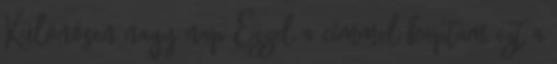
Különösen nagy nap Ezzel a címmel kaptam ezt a